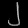
Digit: ၂